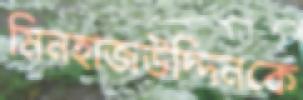
মিনহাজউদ্দিনকে